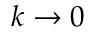
k \rightarrow 0